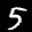
Label: 5